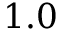
1 . 0